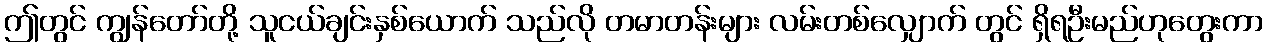
ဤတွင် ကျွန်တော်တို့ သူငယ်ချင်းနှစ်ယောက် သည်လို တမာတန်းများ လမ်းတစ်လျှောက် တွင် ရှိရဦးမည်ဟုတွေးကာ